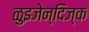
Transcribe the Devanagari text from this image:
ळुइजेन्दिज्क